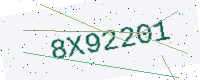
Text: 8X92201